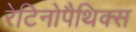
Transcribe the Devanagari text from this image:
रेटिनोपैथिक्स